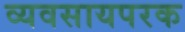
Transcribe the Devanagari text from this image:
व्यवसायपरक